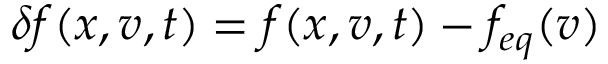
\delta f ( x , v , t ) = f ( x , v , t ) - f _ { e q } ( v )